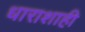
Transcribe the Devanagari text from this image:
धाराशाही